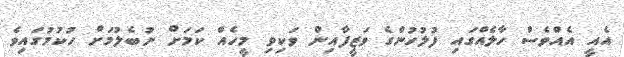
އެއީ އެއްވެސް ހާލެއްގައި ފުލުހުންގެ ވަޒީފާއިން ވަކިވި މީހެއް ކަމަށް ނުބެލުމަށް ހުކުމުގައިވެ